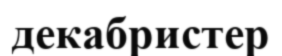
декабристер